Civil Veterinary Department Bihar & Orissa reports 1929-36 - 1929-1936
Year: 1929
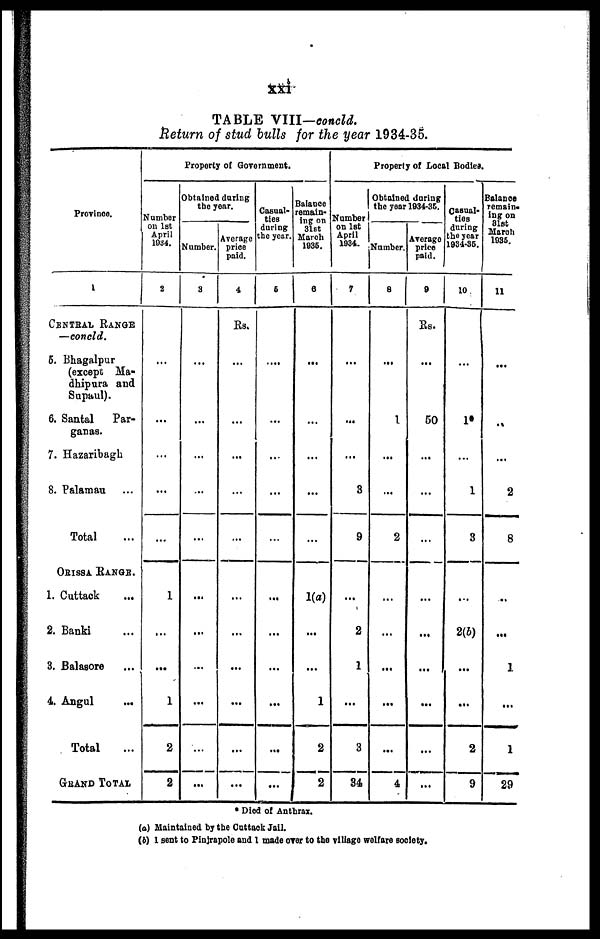
xxi
TABLE VIII—concld.
Return of stud bulls for the year 1934-35.
Province.
1
CENTRAL RANGE
—concld.
5. Bhagalpur
(except Ma-
dhipura and
Sapaul).
6. Santal
Par-
ganas.
7. Hazaribagh
8. Palamau ...
Total ...
ORISSA RANGE.
1. Cuttack ...
2. Banki ...
3. Balasore ...
4. Angul
...
Total ...
GRAND TOTAL
Property of Government.
Number
on 1st
April
1034.
2
...
...
...
...
...
1
...
...
1
2
2
Obtained daring
the year.
Number.
3
...
...
...
...
...
...
...
...
...
...
...
Average
price
paid.
4
Rs.
...
...
...
...
...
...
...
...
...
...
...
Casual*
ties
during
the year.
6
...
...
...
...
...
...
...
...
...
...
...
Balance
remain-
ing on
31st
March
1035.
8
...
...
...
...
...
1(a)
...
...
1
2
2
Property of Local Bodies.
Number
on 1st
April
1934.
7
...
...
...
3
9
...
2
1
...
3
34
Obtained during
the year 1034-35.
Number.
8
...
1
...
...
2
...
...
...
...
...
4
Average
price
paid.
9
Rs.
...
50
...
...
...
...
...
...
...
...
...
Casual-
ties
during
the year
1934-35.
10
...
10
...
1
3
...
2(b)
...
...
2
9
Balance
remain-
ing on
31st
March
1035.
11
...
..
...
2
8
...
...
1
...
1
29
* Died of Anthrax.
(a) Maintained by the Cuttack Jail.
(b) 1 sent to Pinjrapole and 1 made over to the village welfare society.